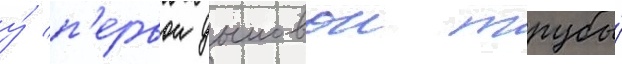
у́ п'ервои дымовои трубы́